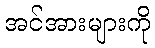
အင်အားများကို